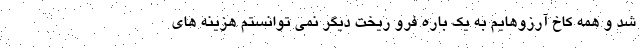
شد و همه کاخ آرزوهایم به یک باره فرو ریخت دیگر نمی توانستم هزینه های